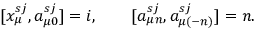
[ x _ { \mu } ^ { s j } , a _ { \mu 0 } ^ { s j } ] = i , \qquad [ a _ { \mu n } ^ { s j } , a _ { \mu ( - n ) } ^ { s j } ] = n .